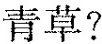
青草?